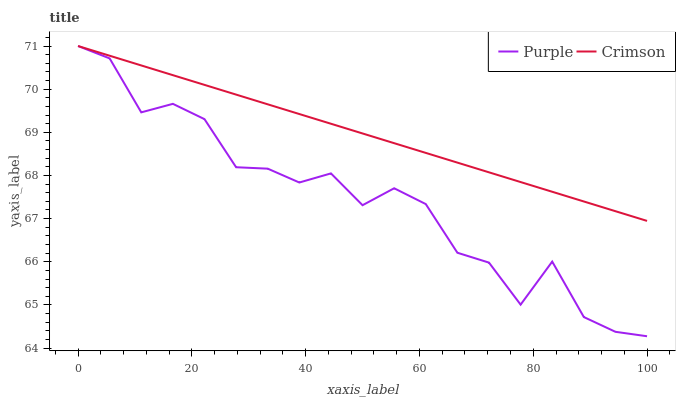
| xaxis_label | Purple | Crimson |
 | --- | --- | --- |
 | 0 | 71 | 71 |
 | 5.56 | 70.7 | 70.8 |
 | 11.1 | 69.5 | 70.5 |
 | 16.7 | 69.7 | 70.3 |
 | 22.2 | 69.3 | 70.1 |
 | 27.8 | 68.2 | 69.9 |
 | 33.3 | 68.2 | 69.6 |
 | 38.9 | 67.8 | 69.4 |
 | 44.4 | 68 | 69.2 |
 | 50 | 67.3 | 69 |
 | 55.6 | 67.7 | 68.7 |
 | 61.1 | 67.3 | 68.5 |
 | 66.7 | 66.2 | 68.3 |
 | 72.2 | 66 | 68.1 |
 | 77.8 | 65 | 67.8 |
 | 83.3 | 66 | 67.6 |
 | 88.9 | 64.7 | 67.4 |
 | 94.4 | 64.4 | 67.2 |
 | 100 | 64.3 | 66.9 |